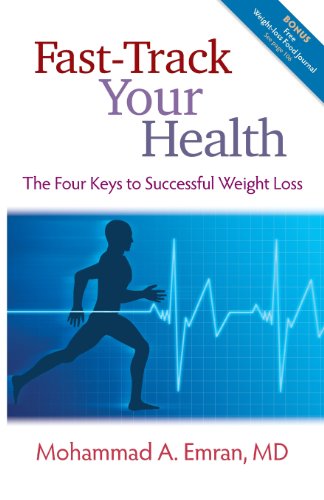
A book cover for Fast-Track Your Health; Mohammad A. Emran M.D.; Self-Help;